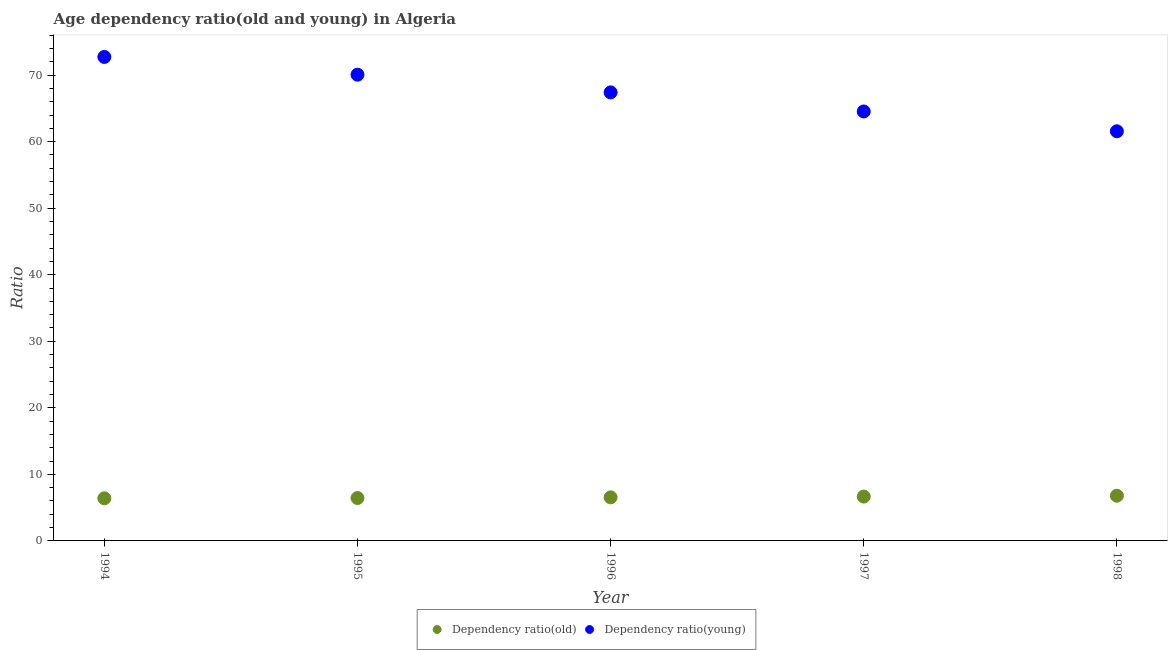
| Year | Dependency ratio(old) | Dependency ratio(young) |
 | --- | --- | --- |
 | 1994 | 6.41 | 72.7 |
 | 1995 | 6.45 | 70.1 |
 | 1996 | 6.55 | 67.4 |
 | 1997 | 6.67 | 64.5 |
 | 1998 | 6.79 | 61.6 |